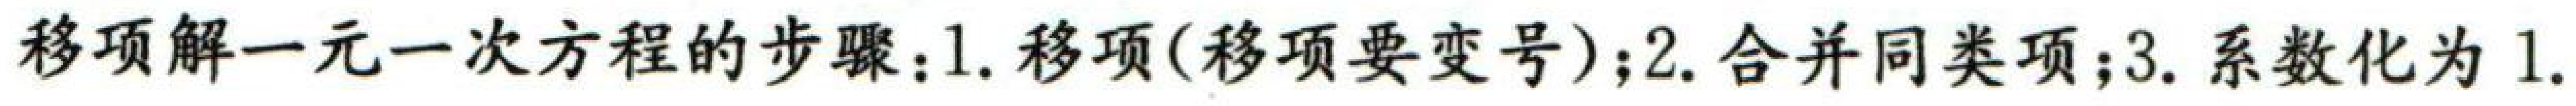
移项解一元一次方程的步骤：1. 移项(移项要变号)；2. 合并同类项；3. 系数化为1.